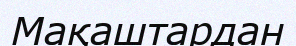
Мақаштардан